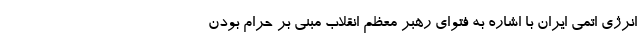
انرژی اتمی ایران با اشاره به فتوای رهبر معظم انقلاب مبنی بر حرام بودن